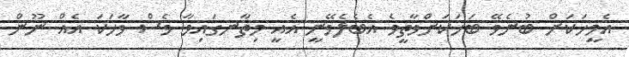
އެމީހަކަށް ބުނެވޭ ބަހަކަށްވާތީވެ އެބެލެވޭނީ އެއީ މިތާނގައިވާ ވެސް ވާހަކަ އެެއް ނޫން